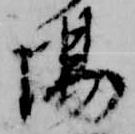
場